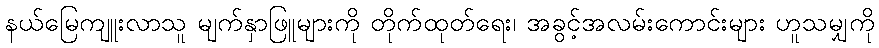
နယ်မြေကျူးလာသူ မျက်နှာဖြူများကို တိုက်ထုတ်ရေး၊ အခွင့်အလမ်းကောင်းများ ဟူသမျှကို